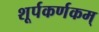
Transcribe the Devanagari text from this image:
शूर्पकर्णकम्